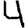
Digit: 4